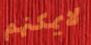
لايمكنهم